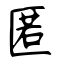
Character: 匿